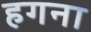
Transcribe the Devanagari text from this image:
हगना